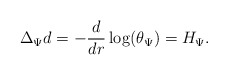
\begin{align*}\Delta_{\Psi} d = - \frac{d}{dr} \log(\theta_{\Psi}) = H_{\Psi}.\end{align*}